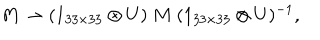
LaTeX: M \rightarrow ( 1 _ { 3 3 \times 3 3 } \otimes U ) \ M \ ( 1 _ { 3 3 \times 3 3 } \otimes U ) ^ { - 1 } ,